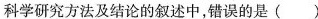
科学研究方法及结论的叙述中，错误的是()